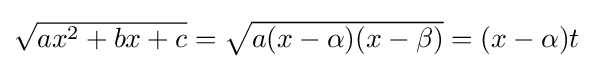
{\textstyle {\sqrt {ax^{2}+bx+c}}={\sqrt {a(x-\alpha )(x-\beta )}}=(x-\alpha )t}